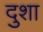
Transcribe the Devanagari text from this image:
दुशा